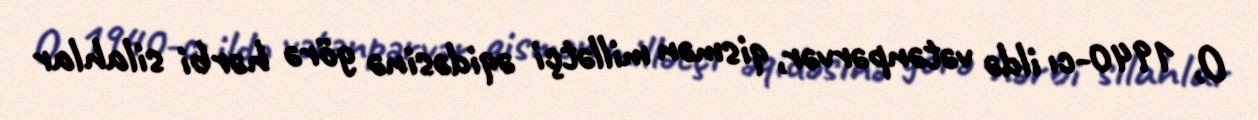
O, 1940-cı ildə vətənpərvər, qismən millətçi əqidəsinə görə hərbi silahlar